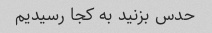
حدس بزنید به کجا رسیدیم